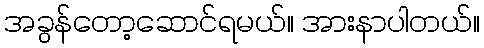
အခွန်တော့ဆောင်ရမယ်။ အားနာပါတယ်။